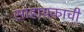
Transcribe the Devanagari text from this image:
साहायकाची